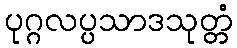
ပုဂ္ဂလပ္ပသာဒသုတ္တံ